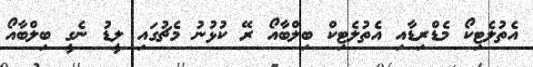
އެތުލެޓިކޯ މެޑްރިޑާއި އެތުލެޓިކް ބިލްބާއޯ ރޭ ކުޅުނު މެޗުގައި ލީޑު ނެގީ ބިލްބާއޯ